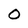
Character: 0